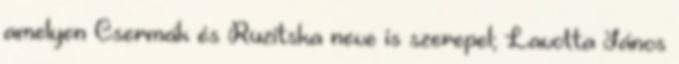
amelyen Csermák és Ruzitska neve is szerepel; Lavotta János